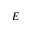
E